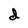
Character: d